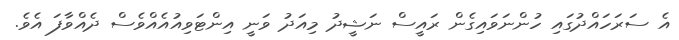
އެ ސަރަހައްދުގައި ހުންނަވައިގެން ރައީސް ނަޝީދު މިއަދު ވަނީ އިންޓަވިއުއެއްވެސް ދެއްވާފަ އެވެ.